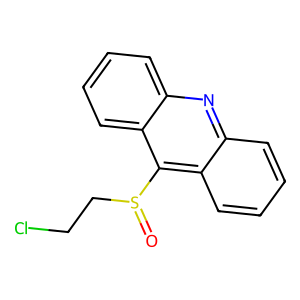
SMILES: O=S(CCCl)c1c2ccccc2nc2ccccc12
Inhibits HIV replication: No